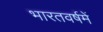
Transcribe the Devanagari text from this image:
भारतवर्षमें